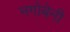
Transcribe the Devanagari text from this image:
नगोबेनी